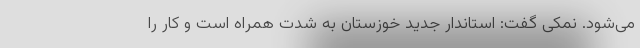
می‌شود. نمکی گفت: استاندار جدید خوزستان به شدت همراه است و کار را